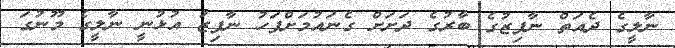
ނާލީގެ ދެއަތް ނާފިޒުގެ ބާރުގެ ދަށަށް ގެނައުމަށްފަހު ނާފިޒު އުޅުނީ ނާލީގެ މޫނުގަ